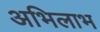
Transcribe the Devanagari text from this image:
अभिलाभ